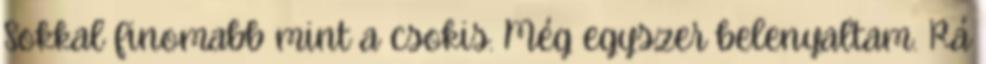
Sokkal finomabb mint a csokis. Még egyszer belenyaltam. Rá